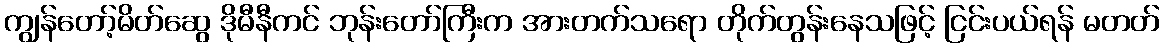
ကျွန်တော့်မိတ်ဆွေ ဒိုမီနီကင် ဘုန်းတော်ကြီးက အားတက်သရော တိုက်တွန်းနေသဖြင့် ငြင်းပယ်ရန် မတတ်